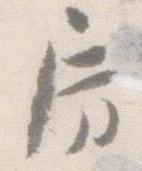
房